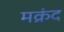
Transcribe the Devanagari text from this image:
मक्रंद